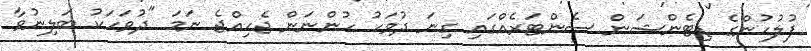
ފުލުހުންގެ ޑިޓެންޝަން ސެންޓަރެއްގައި ގިނަ ދުވަހު ހުންނަން ޖެހިއްޖެ ނަމަ "ދުވަހަކު ބަލިނުވާ